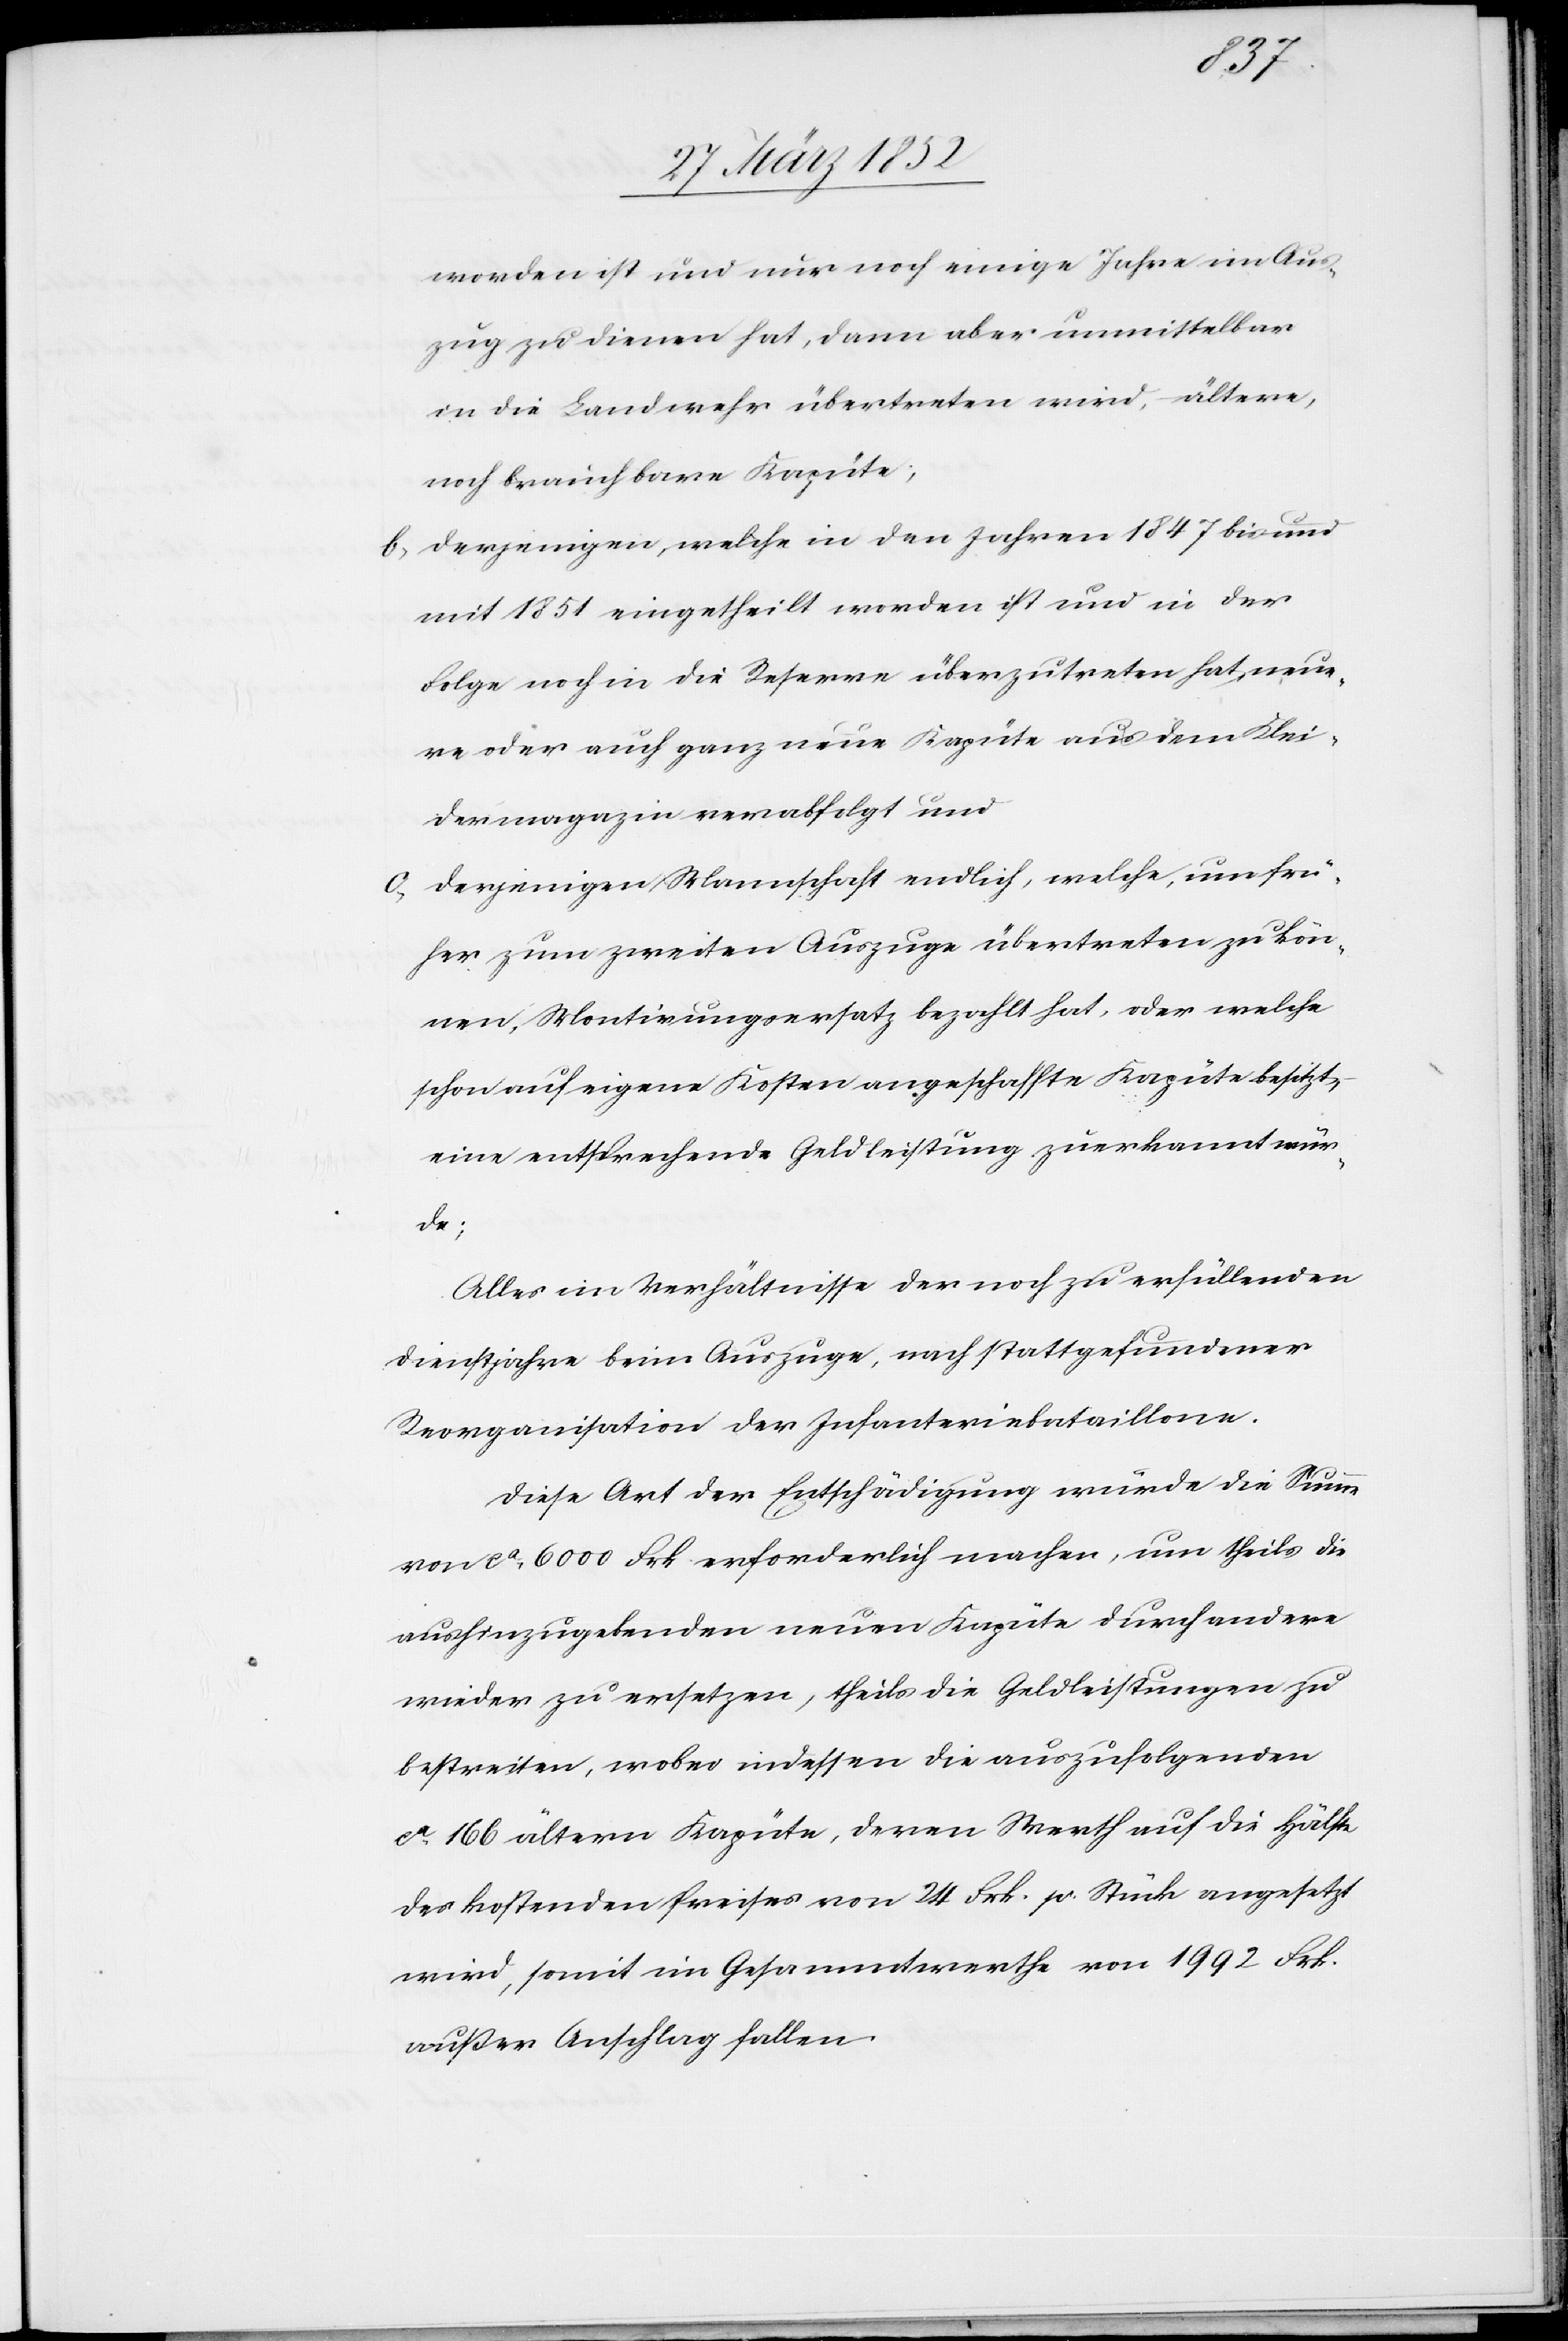
worden ist und nur noch einige Jahre im Aus¬
zug zu dienen hat, dann aber unmittelbar
in die Landwehr übertreten wird, ältere,
noch brauchbare Kapüte;
b) Derjenigen, welche in den Jahren 1847 bis und
mit 1851 eingetheilt worden ist und in der
Folge noch in die Reserve überzutreten hat, neue¬
re oder auch ganz neue Kapüte aus dem Klei¬
dermagazin verabfolgt und
c) Derjenigen Mannschaft endlich, welche, um frü¬
her zum zweiten Auszuge übertreten zu kön¬
nen, Montirungsersatz bezahlt hat, oder welche
schon auf eigene Kosten angeschaffte Kapüte besitzt,
eine entsprechende Geldleistung zuerkannt wür¬
de;
Alles im Verhältnisse der noch zu erfüllenden
Dienstjahre beim Auszuge, nach stattgefundener
Reorganisation der Infanteriebataillone.
Diese Art der Entschädigung würde die Summe
von ca 6000 Frk. erforderlich machen, um theils die
aushinzugebenden neuen Kapüte durch andere
wieder zu versetzen, theils die Geldleistungen zu
bestreiten, wobei indessen die auszufolgenden
ca 166 ältern Kapüte, deren Werth auf die Hälfte
des kostenden Preises von 24 Frk. pr. Stück angesetzt
wird, somit im Gesammtwerthe von 1992 Frk.
außer Anschlag fallen.